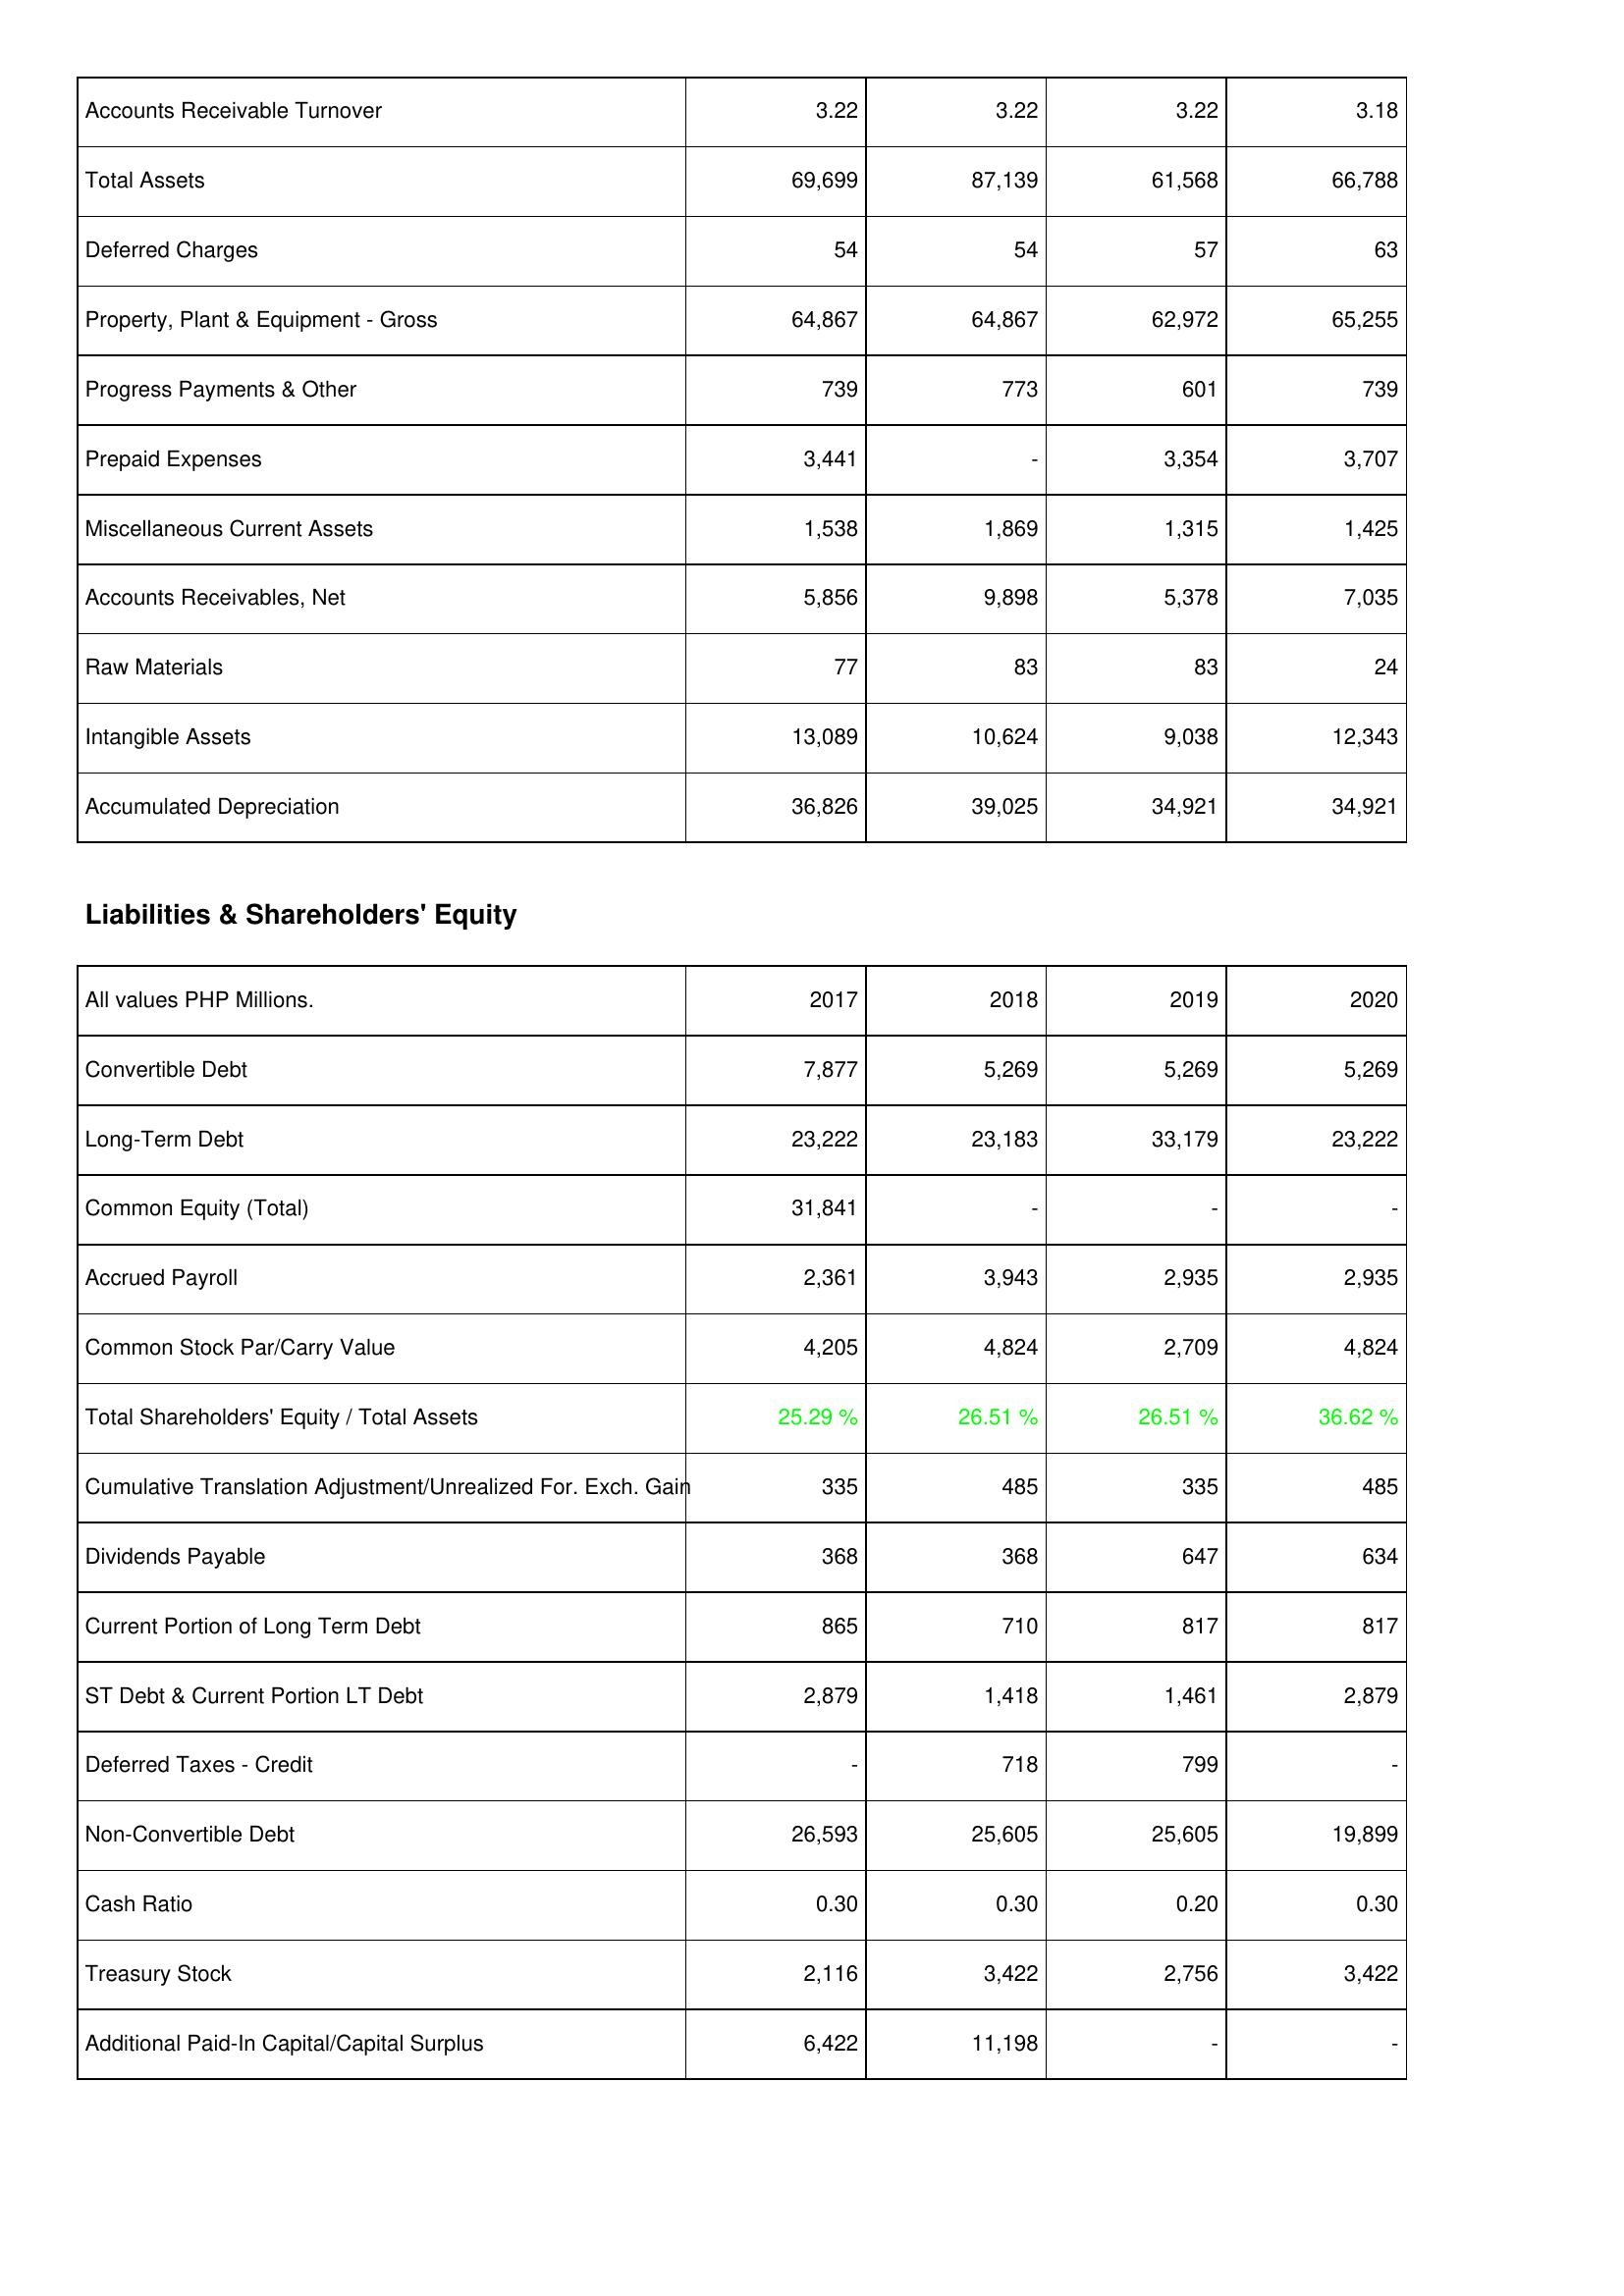
2017: Assets: Accounts Receivable Turnover: 3.22
Total Assets: 69,699
Deferred Charges: 54
Property, Plant & Equipment - Gross: 64,867
Progress Payments & Other: 739
Prepaid Expenses: 3,441
Miscellaneous Current Assets: 1,538
Accounts Receivables, Net: 5,856
Raw Materials: 77
Intangible Assets: 13,089
Accumulated Depreciation: 36,826
Liabilities & Shareholders' Equity: Convertible Debt: 7,877
Long-Term Debt: 23,222
Common Equity (Total): 31,841
Accrued Payroll: 2,361
Common Stock Par/Carry Value: 4,205
Total Shareholders' Equity / Total Assets: 25.29 %
Cumulative Translation Adjustment/Unrealized For. Exch. Gain: 335
Dividends Payable: 368
Current Portion of Long Term Debt: 865
ST Debt & Current Portion LT Debt: 2,879
Deferred Taxes - Credit: -
Non-Convertible Debt: 26,593
Cash Ratio: 0.30
Treasury Stock: 2,116
Additional Paid-In Capital/Capital Surplus: 6,422
2018: Assets: Accounts Receivable Turnover: 3.22
Total Assets: 87,139
Deferred Charges: 54
Property, Plant & Equipment - Gross: 64,867
Progress Payments & Other: 773
Prepaid Expenses: -
Miscellaneous Current Assets: 1,869
Accounts Receivables, Net: 9,898
Raw Materials: 83
Intangible Assets: 10,624
Accumulated Depreciation: 39,025
Liabilities & Shareholders' Equity: Convertible Debt: 5,269
Long-Term Debt: 23,183
Common Equity (Total): -
Accrued Payroll: 3,943
Common Stock Par/Carry Value: 4,824
Total Shareholders' Equity / Total Assets: 26.51 %
Cumulative Translation Adjustment/Unrealized For. Exch. Gain: 485
Dividends Payable: 368
Current Portion of Long Term Debt: 710
ST Debt & Current Portion LT Debt: 1,418
Deferred Taxes - Credit: 718
Non-Convertible Debt: 25,605
Cash Ratio: 0.30
Treasury Stock: 3,422
Additional Paid-In Capital/Capital Surplus: 11,198
2019: Assets: Accounts Receivable Turnover: 3.22
Total Assets: 61,568
Deferred Charges: 57
Property, Plant & Equipment - Gross: 62,972
Progress Payments & Other: 601
Prepaid Expenses: 3,354
Miscellaneous Current Assets: 1,315
Accounts Receivables, Net: 5,378
Raw Materials: 83
Intangible Assets: 9,038
Accumulated Depreciation: 34,921
Liabilities & Shareholders' Equity: Convertible Debt: 5,269
Long-Term Debt: 33,179
Common Equity (Total): -
Accrued Payroll: 2,935
Common Stock Par/Carry Value: 2,709
Total Shareholders' Equity / Total Assets: 26.51 %
Cumulative Translation Adjustment/Unrealized For. Exch. Gain: 335
Dividends Payable: 647
Current Portion of Long Term Debt: 817
ST Debt & Current Portion LT Debt: 1,461
Deferred Taxes - Credit: 799
Non-Convertible Debt: 25,605
Cash Ratio: 0.20
Treasury Stock: 2,756
Additional Paid-In Capital/Capital Surplus: -
2020: Assets: Accounts Receivable Turnover: 3.18
Total Assets: 66,788
Deferred Charges: 63
Property, Plant & Equipment - Gross: 65,255
Progress Payments & Other: 739
Prepaid Expenses: 3,707
Miscellaneous Current Assets: 1,425
Accounts Receivables, Net: 7,035
Raw Materials: 24
Intangible Assets: 12,343
Accumulated Depreciation: 34,921
Liabilities & Shareholders' Equity: Convertible Debt: 5,269
Long-Term Debt: 23,222
Common Equity (Total): -
Accrued Payroll: 2,935
Common Stock Par/Carry Value: 4,824
Total Shareholders' Equity / Total Assets: 36.62 %
Cumulative Translation Adjustment/Unrealized For. Exch. Gain: 485
Dividends Payable: 634
Current Portion of Long Term Debt: 817
ST Debt & Current Portion LT Debt: 2,879
Deferred Taxes - Credit: -
Non-Convertible Debt: 19,899
Cash Ratio: 0.30
Treasury Stock: 3,422
Additional Paid-In Capital/Capital Surplus: -